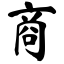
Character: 商